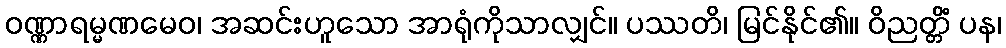
ဝဏ္ဏာရမ္မဏမေဝ၊ အဆင်းဟူသော အာရုံကိုသာလျှင်။ ပဿတိ၊ မြင်နိုင်၏။ ဝိညတ္တိံ ပန၊